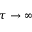
\tau \to \infty